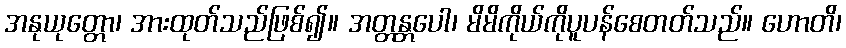
အနုယုတ္တော၊ အားထုတ်သည်ဖြစ်၍။ အတ္တန္တပေါ၊ မိမိကိုယ်ကိုပူပန်စေတတ်သည်။ ဟောတိ၊